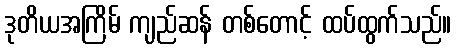
ဒုတိယအကြိမ် ကျည်ဆန် တစ်တောင့် ထပ်ထွက်သည်။